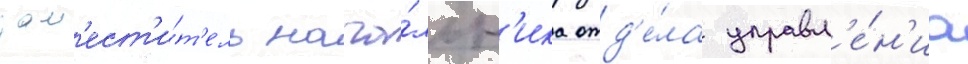
зам'ест'и́т'ель нача́льн'ика отд'е́ла управл'е́н'иа